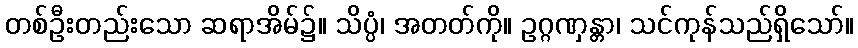
တစ်ဦးတည်းသော ဆရာအိမ်၌။ သိပ္ပံ၊ အတတ်ကို။ ဥဂ္ဂဏှန္တာ၊ သင်ကုန်သည်ရှိသော်။